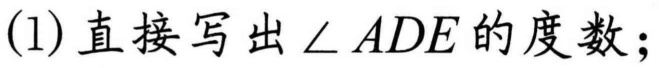
(1) 直接写出\(\angle ADE\)的度数；